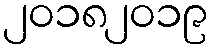
၂၀၁၈၂၀၁၉